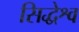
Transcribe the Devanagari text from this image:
सिद्धेश्व